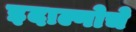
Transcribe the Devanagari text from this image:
इदाल्गोचे